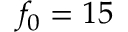
f _ { 0 } = 1 5